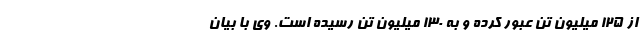
از ۱۲۵ میلیون تن عبور کرده و به ۱۳۰ میلیون تن رسیده است. وی با بیان